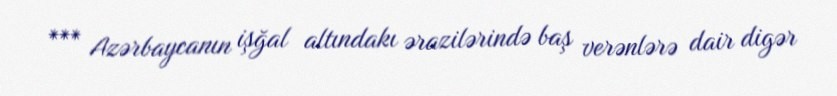
*** Azərbaycanın işğal altındakı ərazilərində baş verənlərə dair digər